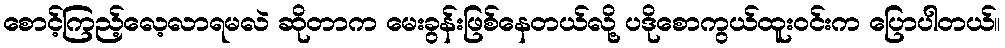
စောင့်ကြည့်လေ့လာရမလဲ ဆိုတာက မေးခွန်းဖြစ်နေတယ်လို့ ပဒိုစောကွယ်ထူးဝင်းက ပြောပါတယ်။